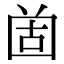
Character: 𡇤